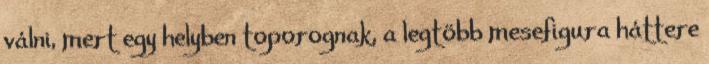
válni, mert egy helyben toporognak, a legtöbb mesefigura háttere